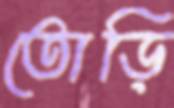
তোড়ি